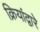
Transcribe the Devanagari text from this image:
क्रियांद्वारे